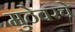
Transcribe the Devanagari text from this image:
मुठेवरचे